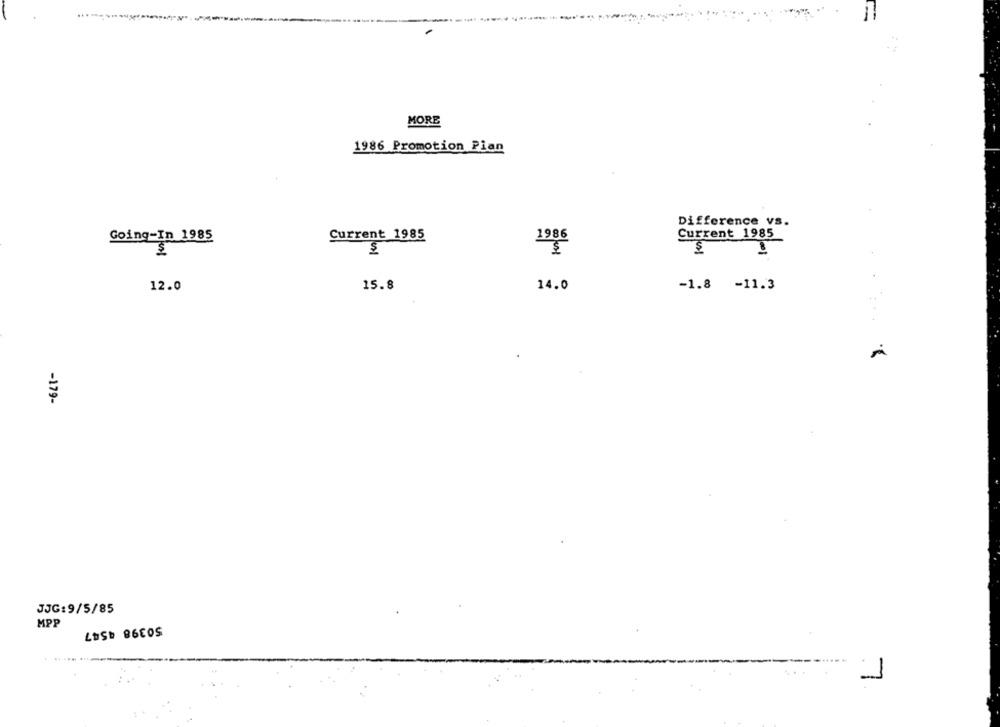
MORE
1986 Promotion Pian
Difference vs.
Going-In 1985
Current 1985
1986
Current 1985
12.0
15.8
14.0
-1.8 -11.3
-179-
JJG:9/5/85
MPP
50398 4547
......
1